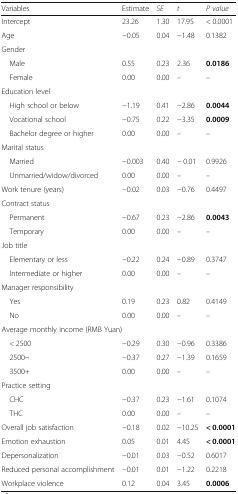
<table><thead><tr><td><b>Variables</b></td><td><b>Estimate</b></td><td><b><i>SE</i></b></td><td><b><i>t</i></b></td><td><b><i>P value</i></b></td></tr></thead><tbody><tr><td>Intercept</td><td>23.26</td><td>1.30</td><td>17.95</td><td>&lt; 0.0001</td></tr><tr><td>Age</td><td>−0.05</td><td>0.04</td><td>−1.48</td><td>0.1382</td></tr><tr><td colspan="5">Gender</td></tr><tr><td> Male</td><td>0.55</td><td>0.23</td><td>2.36</td><td><b>0.0186</b></td></tr><tr><td> Female</td><td>0.00</td><td>0.00</td><td>–</td><td>–</td></tr><tr><td colspan="5">Education level</td></tr><tr><td> High school or below</td><td>−1.19</td><td>0.41</td><td>−2.86</td><td><b>0.0044</b></td></tr><tr><td> Vocational school</td><td>−0.75</td><td>0.22</td><td>−3.35</td><td><b>0.0009</b></td></tr><tr><td> Bachelor degree or higher</td><td>0.00</td><td>0.00</td><td>–</td><td>–</td></tr><tr><td colspan="5">Marital status</td></tr><tr><td> Married</td><td>−0.003</td><td>0.40</td><td>− 0.01</td><td>0.9926</td></tr><tr><td> Unmarried/widow/divorced</td><td>0.00</td><td>0.00</td><td>–</td><td>–</td></tr><tr><td>Work tenure (years)</td><td>−0.02</td><td>0.03</td><td>−0.76</td><td>0.4497</td></tr><tr><td colspan="5">Contract status</td></tr><tr><td> Permanent</td><td>−0.67</td><td>0.23</td><td>−2.86</td><td><b>0.0043</b></td></tr><tr><td> Temporary</td><td>0.00</td><td>0.00</td><td>–</td><td>–</td></tr><tr><td colspan="5">Job title</td></tr><tr><td> Elementary or less</td><td>−0.22</td><td>0.24</td><td>−0.89</td><td>0.3747</td></tr><tr><td> Intermediate or higher</td><td>0.00</td><td>0.00</td><td>–</td><td>–</td></tr><tr><td colspan="5">Manager responsibility</td></tr><tr><td> Yes</td><td>0.19</td><td>0.23</td><td>0.82</td><td>0.4149</td></tr><tr><td> No</td><td>0.00</td><td>0.00</td><td>–</td><td>–</td></tr><tr><td colspan="5">Average monthly income (RMB Yuan)</td></tr><tr><td> &lt; 2500</td><td>−0.29</td><td>0.30</td><td>−0.96</td><td>0.3386</td></tr><tr><td> 2500~</td><td>−0.37</td><td>0.27</td><td>−1.39</td><td>0.1659</td></tr><tr><td> 3500+</td><td>0.00</td><td>0.00</td><td>–</td><td>–</td></tr><tr><td colspan="5">Practice setting</td></tr><tr><td> CHC</td><td>−0.37</td><td>0.23</td><td>−1.61</td><td>0.1074</td></tr><tr><td> THC</td><td>0.00</td><td>0.00</td><td>–</td><td>–</td></tr><tr><td>Overall job satisfaction</td><td>−0.18</td><td>0.02</td><td>−10.25</td><td><b>&lt; 0.0001</b></td></tr><tr><td>Emotion exhaustion</td><td>0.05</td><td>0.01</td><td>4.45</td><td><b>&lt; 0.0001</b></td></tr><tr><td>Depersonalization</td><td>−0.01</td><td>0.03</td><td>−0.52</td><td>0.6017</td></tr><tr><td>Reduced personal accomplishment</td><td>−0.01</td><td>0.01</td><td>−1.22</td><td>0.2218</td></tr><tr><td>Workplace violence</td><td>0.12</td><td>0.04</td><td>3.45</td><td><b>0.0006</b></td></tr></tbody></table>